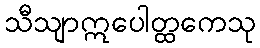
သီသျာဣပေါတ္ထကေသု